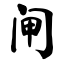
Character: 闸